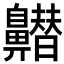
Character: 𪖽